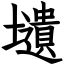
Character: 壝